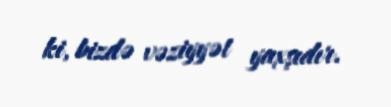
ki, bizdə vəziyyət yaxşıdır.